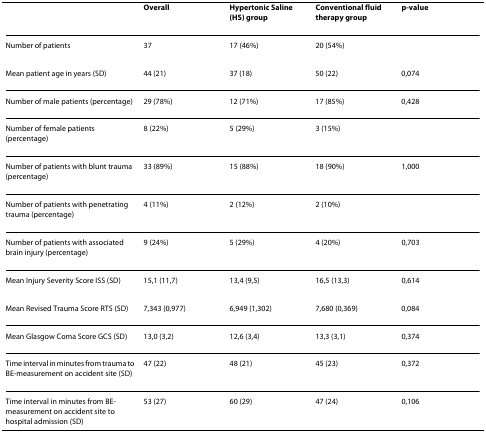
|  | Overall | Hypertonic Saline (HS) group | Conventional fluid therapy group | p-value |
 | --- | --- | --- | --- | --- |
 | Number of patients | 37 | 17 (46%) | 20 (54%) |  |
 | Mean patient age in years (SD) | 44 (21) | 37 (18) | 50 (22) | 0,074 |
 | Number of male patients (percentage) | 29 (78%) | 12 (71%) | 17 (85%) | 0,428 |
 | Number of female patients (percentage) | 8 (22%) | 5 (29%) | 3 (15%) |  |
 | Number of patients with blunt trauma (percentage) | 33 (89%) | 15 (88%) | 18 (90%) | 1,000 |
 | Number of patients with penetrating trauma (percentage) | 4 (11%) | 2 (12%) | 2 (10%) |  |
 | Number of patients with associated brain injury (percentage) | 9 (24%) | 5 (29%) | 4 (20%) | 0,703 |
 | Mean Injury Severity Score ISS (SD) | 15,1 (11,7) | 13,4 (9,5) | 16,5 (13,3) | 0,614 |
 | Mean Revised Trauma Score RTS (SD) | 7,343 (0,977) | 6,949 (1,302) | 7,680 (0,369) | 0,084 |
 | Mean Glasgow Coma Score GCS (SD) | 13,0 (3,2) | 12,6 (3,4) | 13,3 (3,1) | 0,374 |
 | Time interval in minutes from trauma to BE-measurement on accident site (SD) | 47 (22) | 48 (21) | 45 (23) | 0,372 |
 | Time interval in minutes from BE-measurement on accident site to hospital admission (SD) | 53 (27) | 60 (29) | 47 (24) | 0,106 |